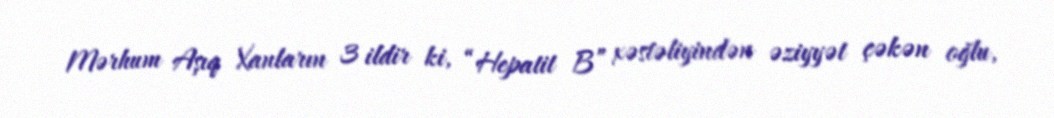
Mərhum Aşıq Xanların 3 ildir ki, “Hepatit B” xəstəliyindən əziyyət çəkən oğlu,